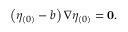
\left( \eta _ { ( 0 ) } - b \right) \nabla \eta _ { ( 0 ) } = \mathbf { 0 } .